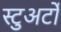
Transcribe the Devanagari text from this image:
स्टुअर्टों